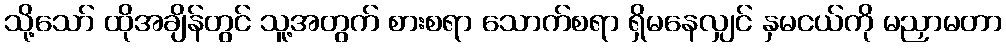
သို့သော် ထိုအချိန်တွင် သူ့အတွက် စားစရာ သောက်စရာ ရှိမနေလျှင် နှမငယ်ကို မညှာမတာ